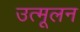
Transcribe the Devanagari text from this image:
उत्मूलन